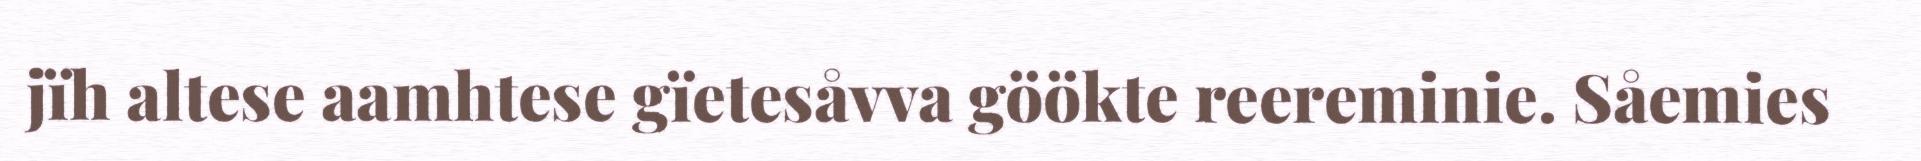
jïh altese aamhtese gïetesåvva göökte reereminie. Såemies